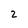
Character: 2